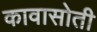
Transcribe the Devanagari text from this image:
कावासोती